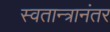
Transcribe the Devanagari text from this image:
स्वतान्त्रानंतर